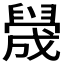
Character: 𬛻